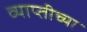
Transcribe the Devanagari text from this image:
व्याप्तीच्या